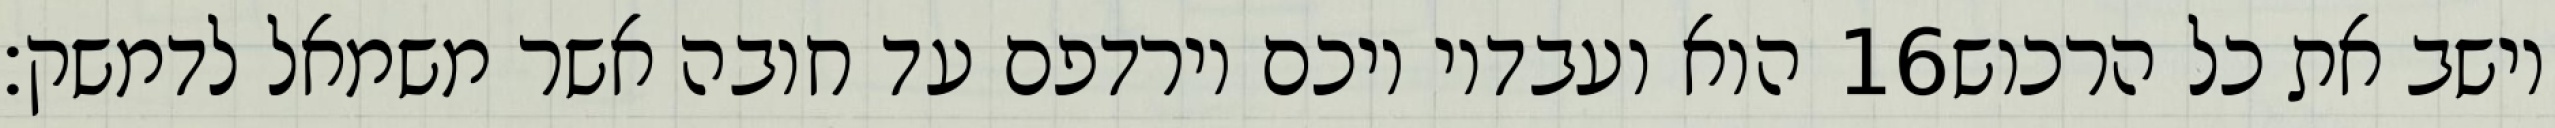
הוא ועבדיו ויכם וירדפם עד חובה אשר משמאל לדמשק׃ ‎16‏ וישב את כל הרכוש